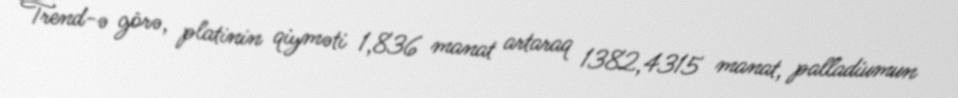
Trend-ə görə, platinin qiyməti 1,836 manat artaraq 1382,4315 manat, palladiumun